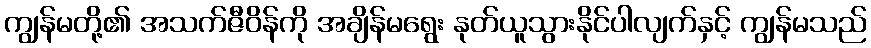
ကျွန်မတို့၏ အသက်ဇီဝိန်ကို အချိန်မရွေး နုတ်ယူသွားနိုင်ပါလျက်နှင့် ကျွန်မသည်